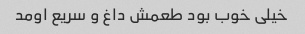
خیلی خوب بود طعمش داغ و سریع اومد